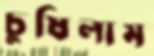
চুষিলাম